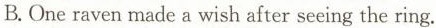
B.One raven made a wish after seeing the ring.